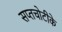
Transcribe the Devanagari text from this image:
सप्तचोटीके